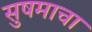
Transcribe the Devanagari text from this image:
सुषमाचा